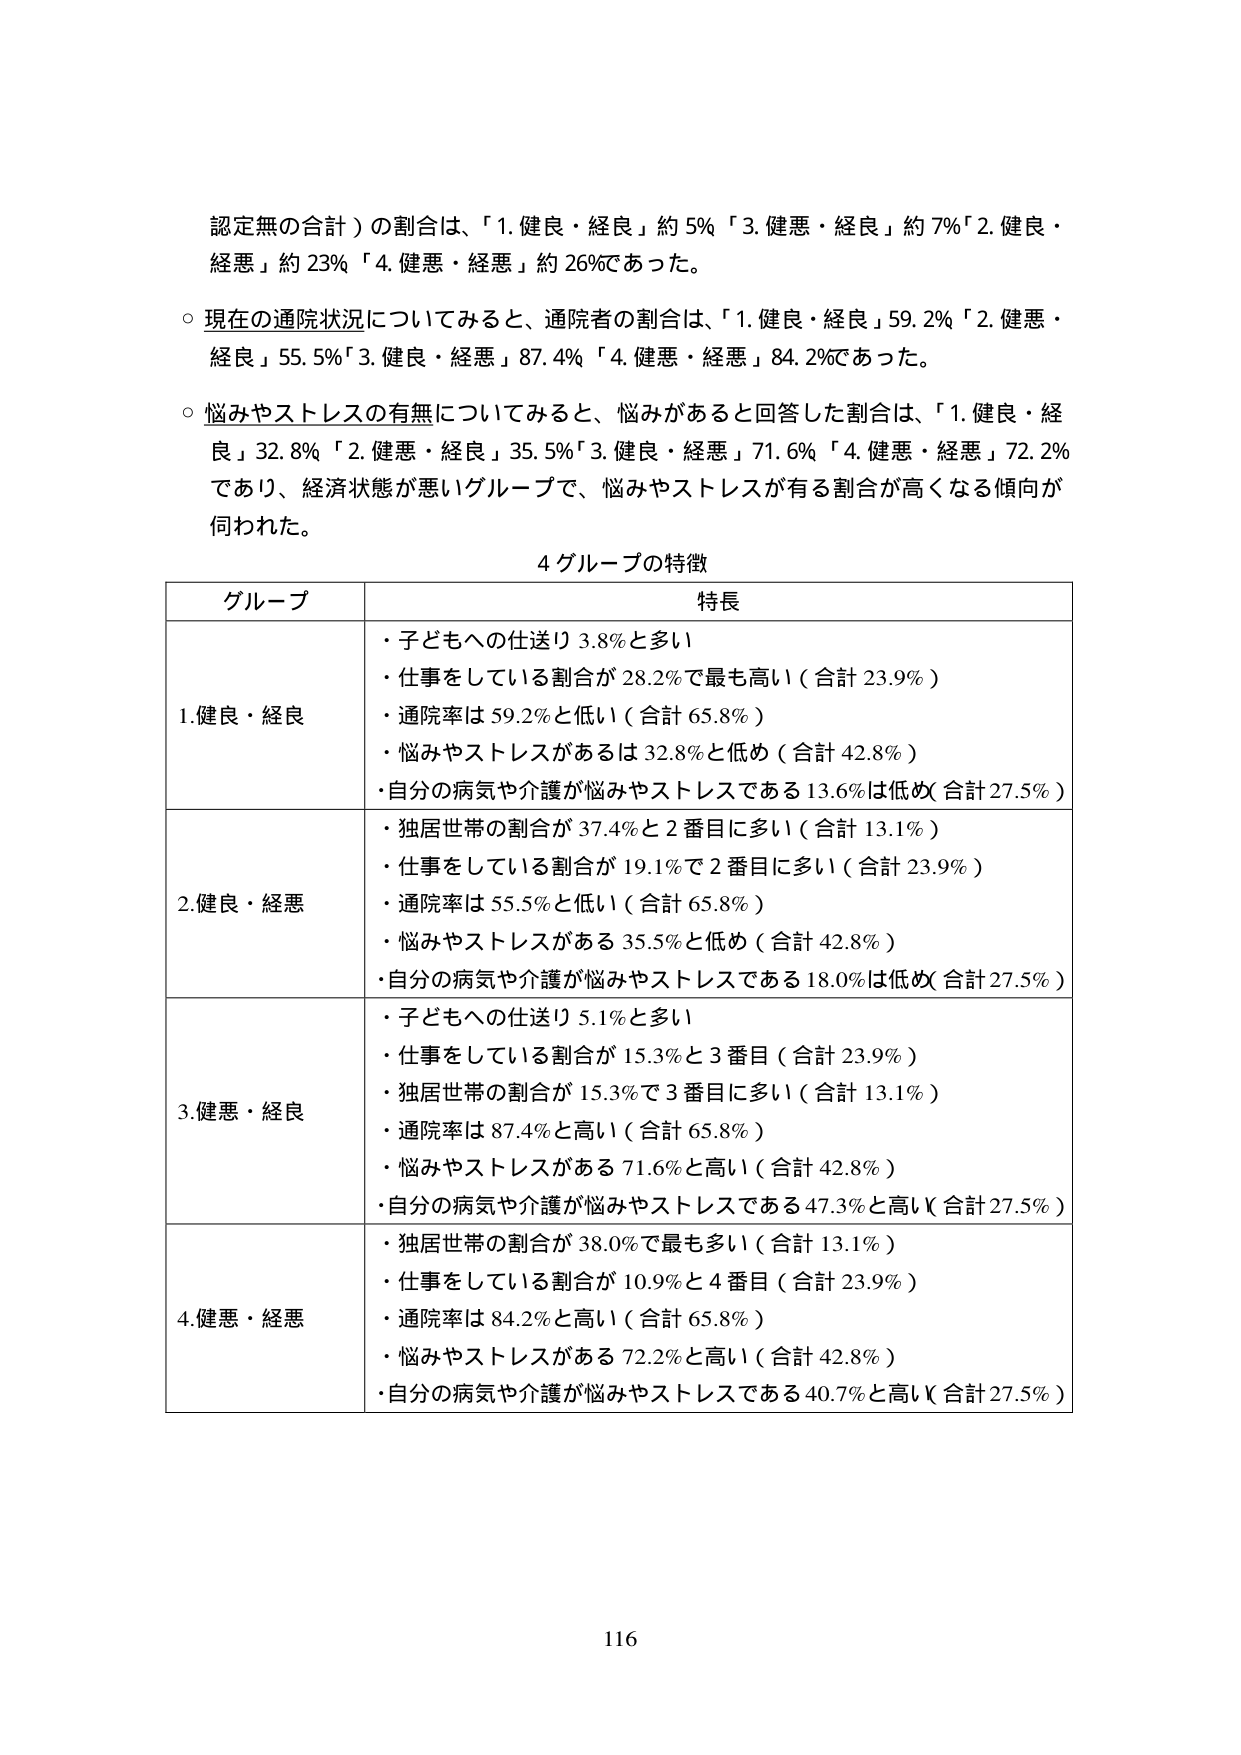
認定無の合計）の割合は、「1. 健良・経良」約 5%「3. 健悪・経良」約 7%「2. 健良・経悪」約 23%「4. 健悪・経悪」約 26%であった。

○ 現在の通院状況についてみると、通院者の割合は、「1. 健良・経良」59.2%「2. 健悪・経良」55.5%「3. 健良・経悪」87.4%「4. 健悪・経悪」84.2%であった。

○ 悩みやストレスの有無についてみると、悩みがあると回答した割合は、「1. 健良・経良」32.8%「2. 健悪・経良」35.5%「3. 健良・経悪」71.6%「4. 健悪・経悪」72.2%であり、経済状態が悪いグループで、悩みやストレスが有る割合が高くなる傾向が伺われた。

4 グループの特徴

グループ 特長

1. 健良・経良
・子どもへの仕送り 3.8%と多い
・仕事をしている割合が 28.2%で最も高い（合計 23.9%）
・通院率は 59.2%と低い（合計 65.8%）
・悩みやストレスがあるは 32.8%と低め（合計 42.8%）
・自分の病気や介護が悩みやストレスである 13.6%は低め（合計 27.5%）

2. 健良・経悪
・独居世帯の割合が 37.4%と 2 番目に多い（合計 13.1%）
・仕事をしている割合が 19.1%で 2 番目に多い（合計 23.9%）
・通院率は 55.5%と低い（合計 65.8%）
・悩みやストレスがある 35.5%と低め（合計 42.8%）
・自分の病気や介護が悩みやストレスである 18.0%は低め（合計 27.5%）

3. 健悪・経良
・子どもへの仕送り 5.1%と多い
・仕事をしている割合が 15.3%と 3 番目（合計 23.9%）
・独居世帯の割合が 15.3%で 3 番目に多い（合計 13.1%）
・通院率は 87.4%と高い（合計 65.8%）
・悩みやストレスがある 71.6%と高い（合計 42.8%）
・自分の病気や介護が悩みやストレスである 47.3%と高い（合計 27.5%）

4. 健悪・経悪
・独居世帯の割合が 38.0%で最も多い（合計 13.1%）
・仕事をしている割合が 10.9%と 4 番目（合計 23.9%）
・通院率は 84.2%と高い（合計 65.8%）
・悩みやストレスがある 72.2%と高い（合計 42.8%）
・自分の病気や介護が悩みやストレスである 40.7%と高い（合計 27.5%）

116